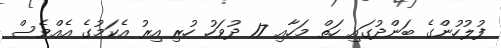
ފުލުހުންގެ ބަންދުގައި ހަތް މަހާއި 17 ދުވަހު ހުރި އިރު އެކަމުގެ އެއްވެސް